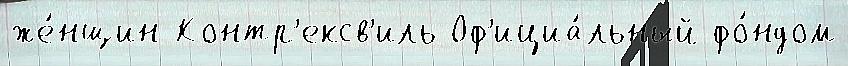
же́нщин Контр'ексв'иль Оф'ициа́льный фо́ндом